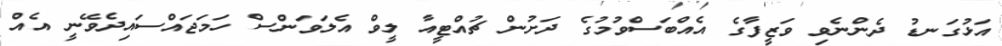
އަޅުގަނޑު ދެންނެވި ވަޒީފާގެ އެއްބަސްވުމުގެ ދަށުން ޗުއްޓީއާ ލީވް އެލަވަންސް ހަމަޖައްސައިދެވޭނީ އެއް